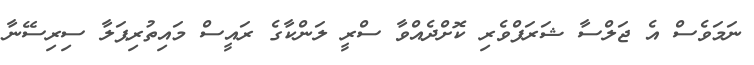
ނަމަވެސް އެ ޖަލްސާ ޝަަރަފްވެރި ކޮށްދެއްވާ ސްރީ ލަންކާގެ ރައީސް މައިތުރިޕަލާ ސިރިސޭނާ